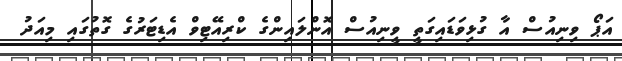
އަޕޯ ވިނިއުސް އާ ގުޅިވަޑައިގަތީ ވީނިއުސް އޮންލައިންގެ ކްރިއޭޓިވް އެޑިޓަރުގެ ގޮތުގައި މިއަދު